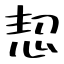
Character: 恝